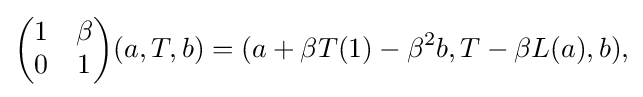
\displaystyle {{\begin{pmatrix}1&\beta \\0&1\end{pmatrix}}(a,T,b)=(a+\beta T(1)-\beta ^{2}b,T-\beta L(a),b),}